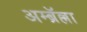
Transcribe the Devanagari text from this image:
अम्ब्रॅल्ला